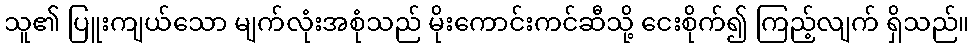
သူ၏ ပြူးကျယ်သော မျက်လုံးအစုံသည် မိုးကောင်းကင်ဆီသို့ ငေးစိုက်၍ ကြည့်လျက် ရှိသည်။